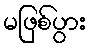
မဖြစ်ပွား